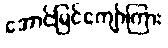
အောင်မြင်ကျော်ကြား